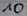
Text: 10